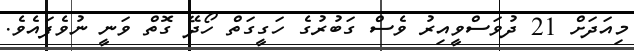
މިއަދަށް 21 ދުވަސްވީއިރު ވެސް ގަބުރުގެ ހަގީގަތް ހޯދޭ ގޮތް ވަނީ ނުވެފައެވެ.